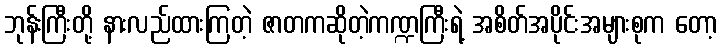
ဘုန်းကြီးတို့ နားလည်ထားကြတဲ့ ဇာတကဆိုတဲ့ကဏ္ဍကြီးရဲ့ အစိတ်အပိုင်းအများစုက တော့